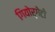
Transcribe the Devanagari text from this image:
गियोर्गेटो